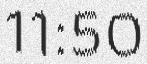
11:50